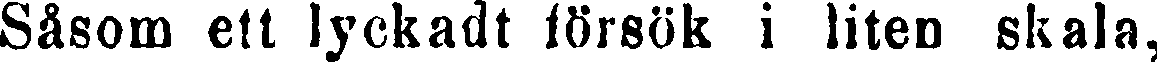
Såsom ett lyckadt försök i liten skala,